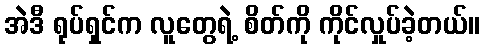
အဲဒီ ရုပ်ရှင်က လူတွေရဲ့ စိတ်ကို ကိုင်လှုပ်ခဲ့တယ်။